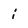
Character: i